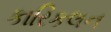
કારિકલન